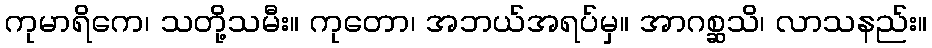
ကုမာရိကေ၊ သတို့သမီး။ ကုတော၊ အဘယ်အရပ်မှ။ အာဂစ္ဆသိ၊ လာသနည်း။